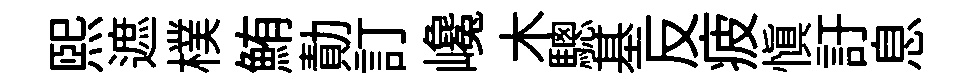
煕遮樸鮪勣訂巉木驄基反疲慎訏息